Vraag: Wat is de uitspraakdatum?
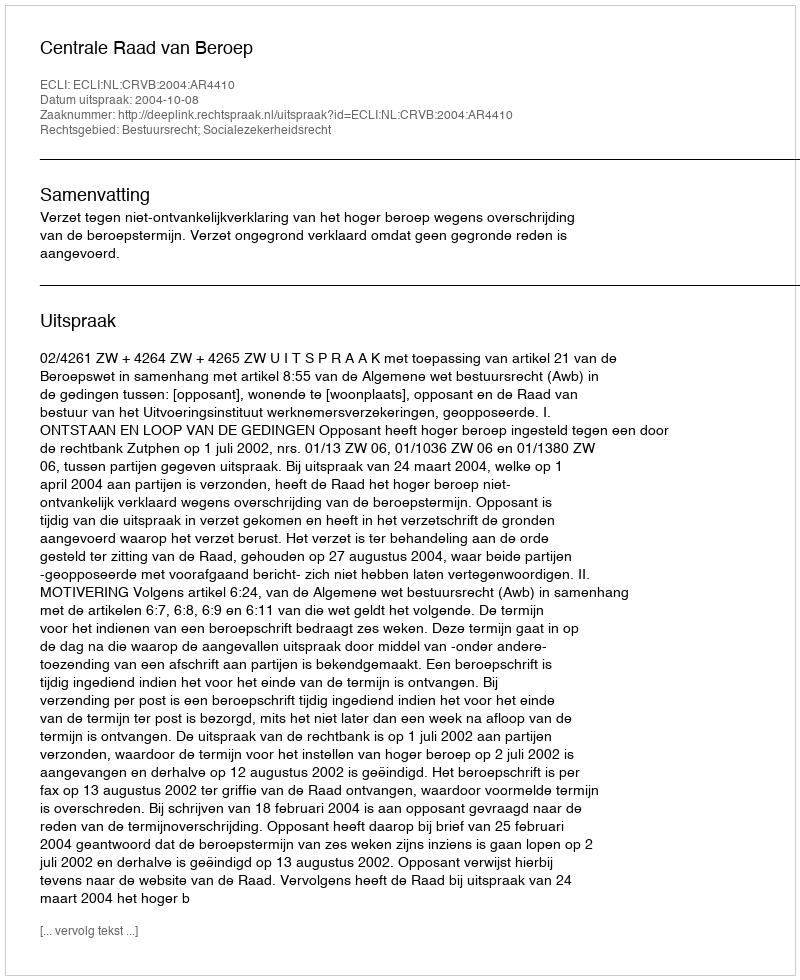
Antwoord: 2004-10-08